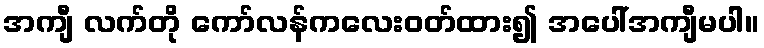
အကျီ လက်တို ကော်လန်ကလေးဝတ်ထား၍ အပေါ်အကျီမပါ။